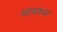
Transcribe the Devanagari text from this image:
यावरुम